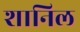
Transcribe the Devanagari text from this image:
शानिल